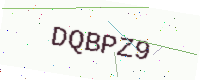
Text: DQBPZ9